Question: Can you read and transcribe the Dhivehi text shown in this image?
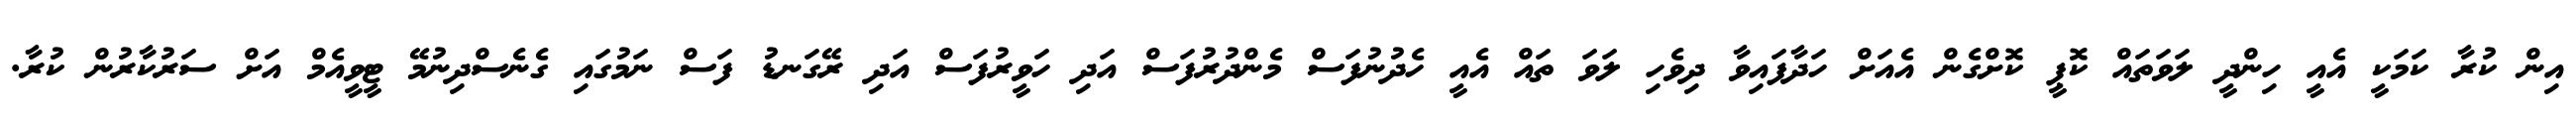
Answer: އިން ކުރާ ކަމަކީ އެއީ ހިންދީ ލަވަތައް ކޮޕީ ކޮށްގެން އެއަށް ހަދާފައިވާ ދިވެހި ލަވަ ތައް އެއީ ހެދުނުފަސް މެންދުރުފަސް އަދި ހަވީރުފަސް އަދި ރޭގަނޑު ފަސް ނަމުގައި ގެނެސްދިނުމޭ ޓީވީއެމް އަށް ސަރުކާރުން ކުރާ.